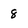
Character: 8